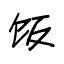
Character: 饭